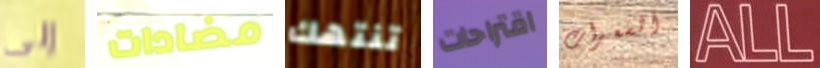
إلى مضادات تنتهك اقتراحات السعرات ALL